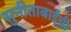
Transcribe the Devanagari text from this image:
सुनीताबाईंची